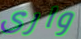
وارى